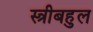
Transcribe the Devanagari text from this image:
स्त्रीबहुल